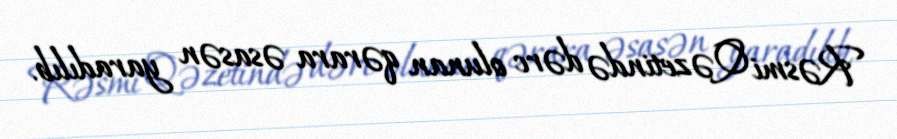
Rəsmi Qəzetində dərc olunan qərara əsasən yaradılıb.